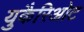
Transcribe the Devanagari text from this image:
युकैरिओट